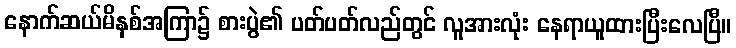
နောက်ဆယ်မိနစ်အကြာ၌ စားပွဲ၏ ပတ်ပတ်လည်တွင် လူအားလုံး နေရာယူထားပြီးလေပြီ။